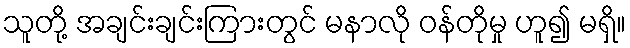
သူတို့ အချင်းချင်းကြားတွင် မနာလို ဝန်တိုမှု ဟူ၍ မရှိ။